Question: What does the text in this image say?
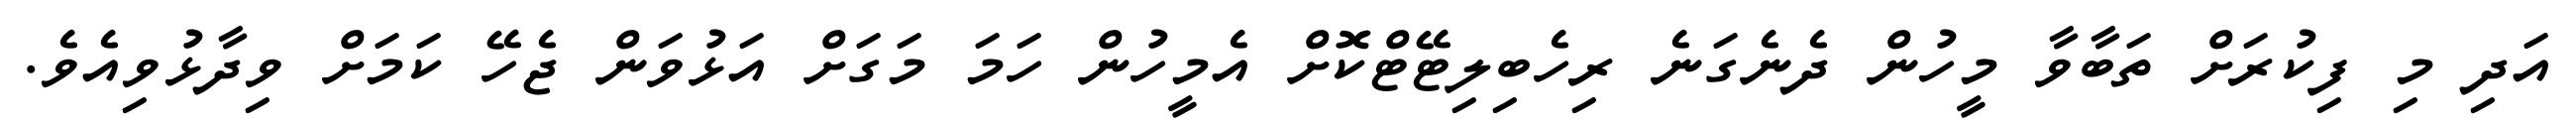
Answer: އަދި މި ފިކުރަށް ތަބާވާ މީހުން ދެނެގަނެ ރިހެބިލިޓޭޓްކޮށް އެމީހުން ހަމަ މަގަށް އަޅުވަން ޖެހޭ ކަމަށް ވިދާޅުވިއެވެ.